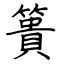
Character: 簣